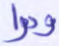
ودوا